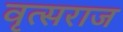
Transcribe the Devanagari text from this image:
वृत्सराज